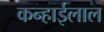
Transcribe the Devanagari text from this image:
कन्हाईलाल